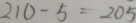
2 1 0 - 5 = 2 0 5